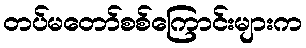
တပ်မတော်စစ်ကြောင်းများက